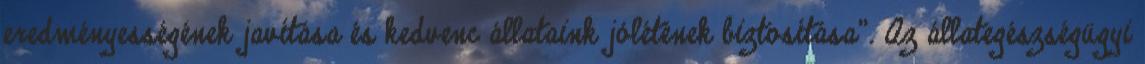
eredményességének javítása és kedvenc állataink jólétének biztosítása". Az állategészségügyi